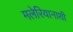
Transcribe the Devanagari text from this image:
मलेरियानाशी